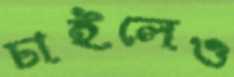
চাইলেও